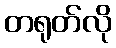
တရုတ်လို